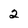
Character: 2